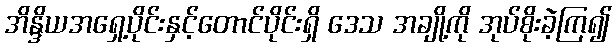
အိန္ဒိယအရှေ့ပိုင်းနှင့်တောင်ပိုင်းရှိ ဒေသ အချို့ကို အုပ်စိုးခဲ့ကြ၍